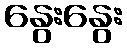
နွေးနွေး